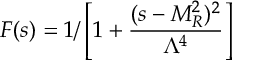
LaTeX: F ( s ) = 1 / \left[ 1 + \frac { ( s - M _ { R } ^ { 2 } ) ^ { 2 } } { \Lambda ^ { 4 } } \right]